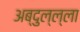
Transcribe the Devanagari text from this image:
अब्दुल्ल्ला